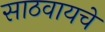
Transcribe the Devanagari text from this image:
साठवायचे